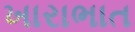
ખારાભાત